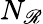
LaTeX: N_{\mathscr{R}}